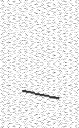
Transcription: –